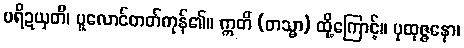
ပရိဍယှတိ၊ ပူလောင်တတ်ကုန်၏။ ဣတိ (တသ္မာ) ထို့ကြောင့်။ ပုထုဇ္ဇနော၊